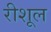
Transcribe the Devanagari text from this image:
रीशूल